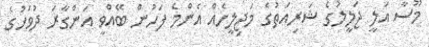
މޫސާ އަލީ ޖަލީލުގެ ޝަރިއަތުގެ މަޖިލީހެއް އެންމެ ފަހުން ބޭއްވީ އަންގާރަ ދުވަހުގެ